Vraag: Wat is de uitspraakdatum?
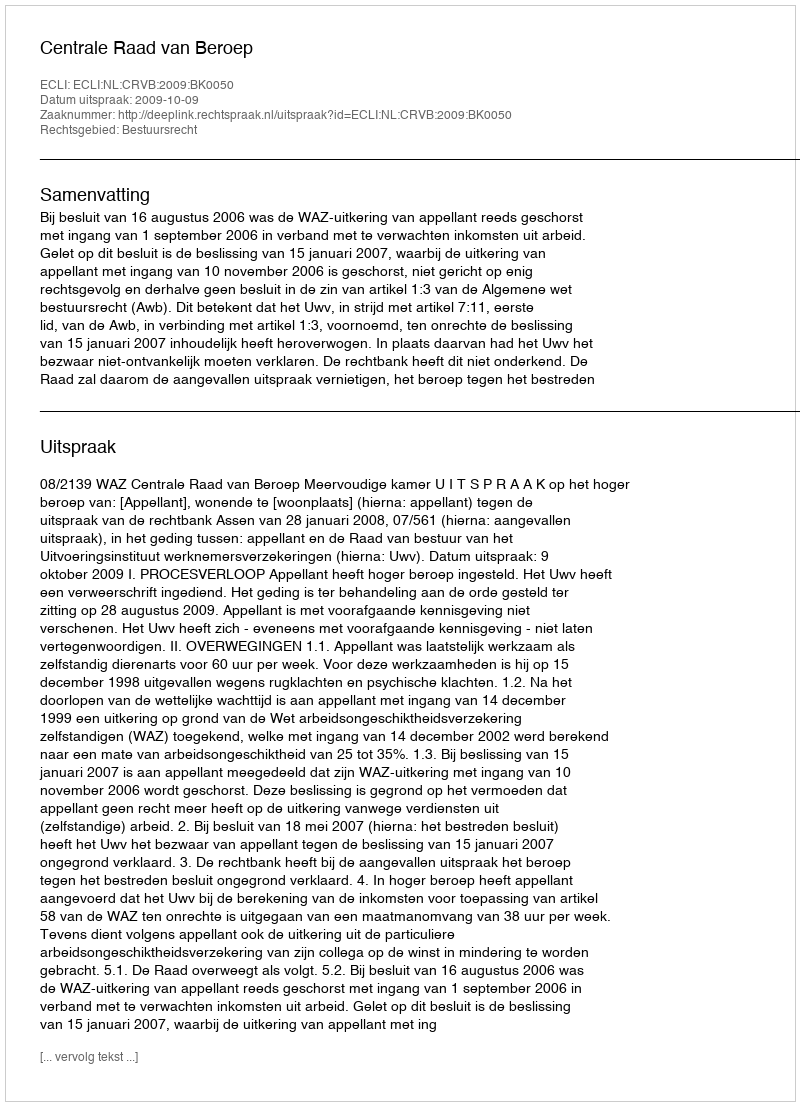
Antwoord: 2009-10-09